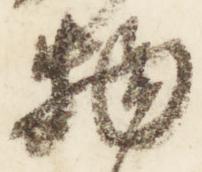
物